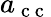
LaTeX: a_{\mathrm{~c~c~}}